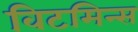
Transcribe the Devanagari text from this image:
विटमिन्स